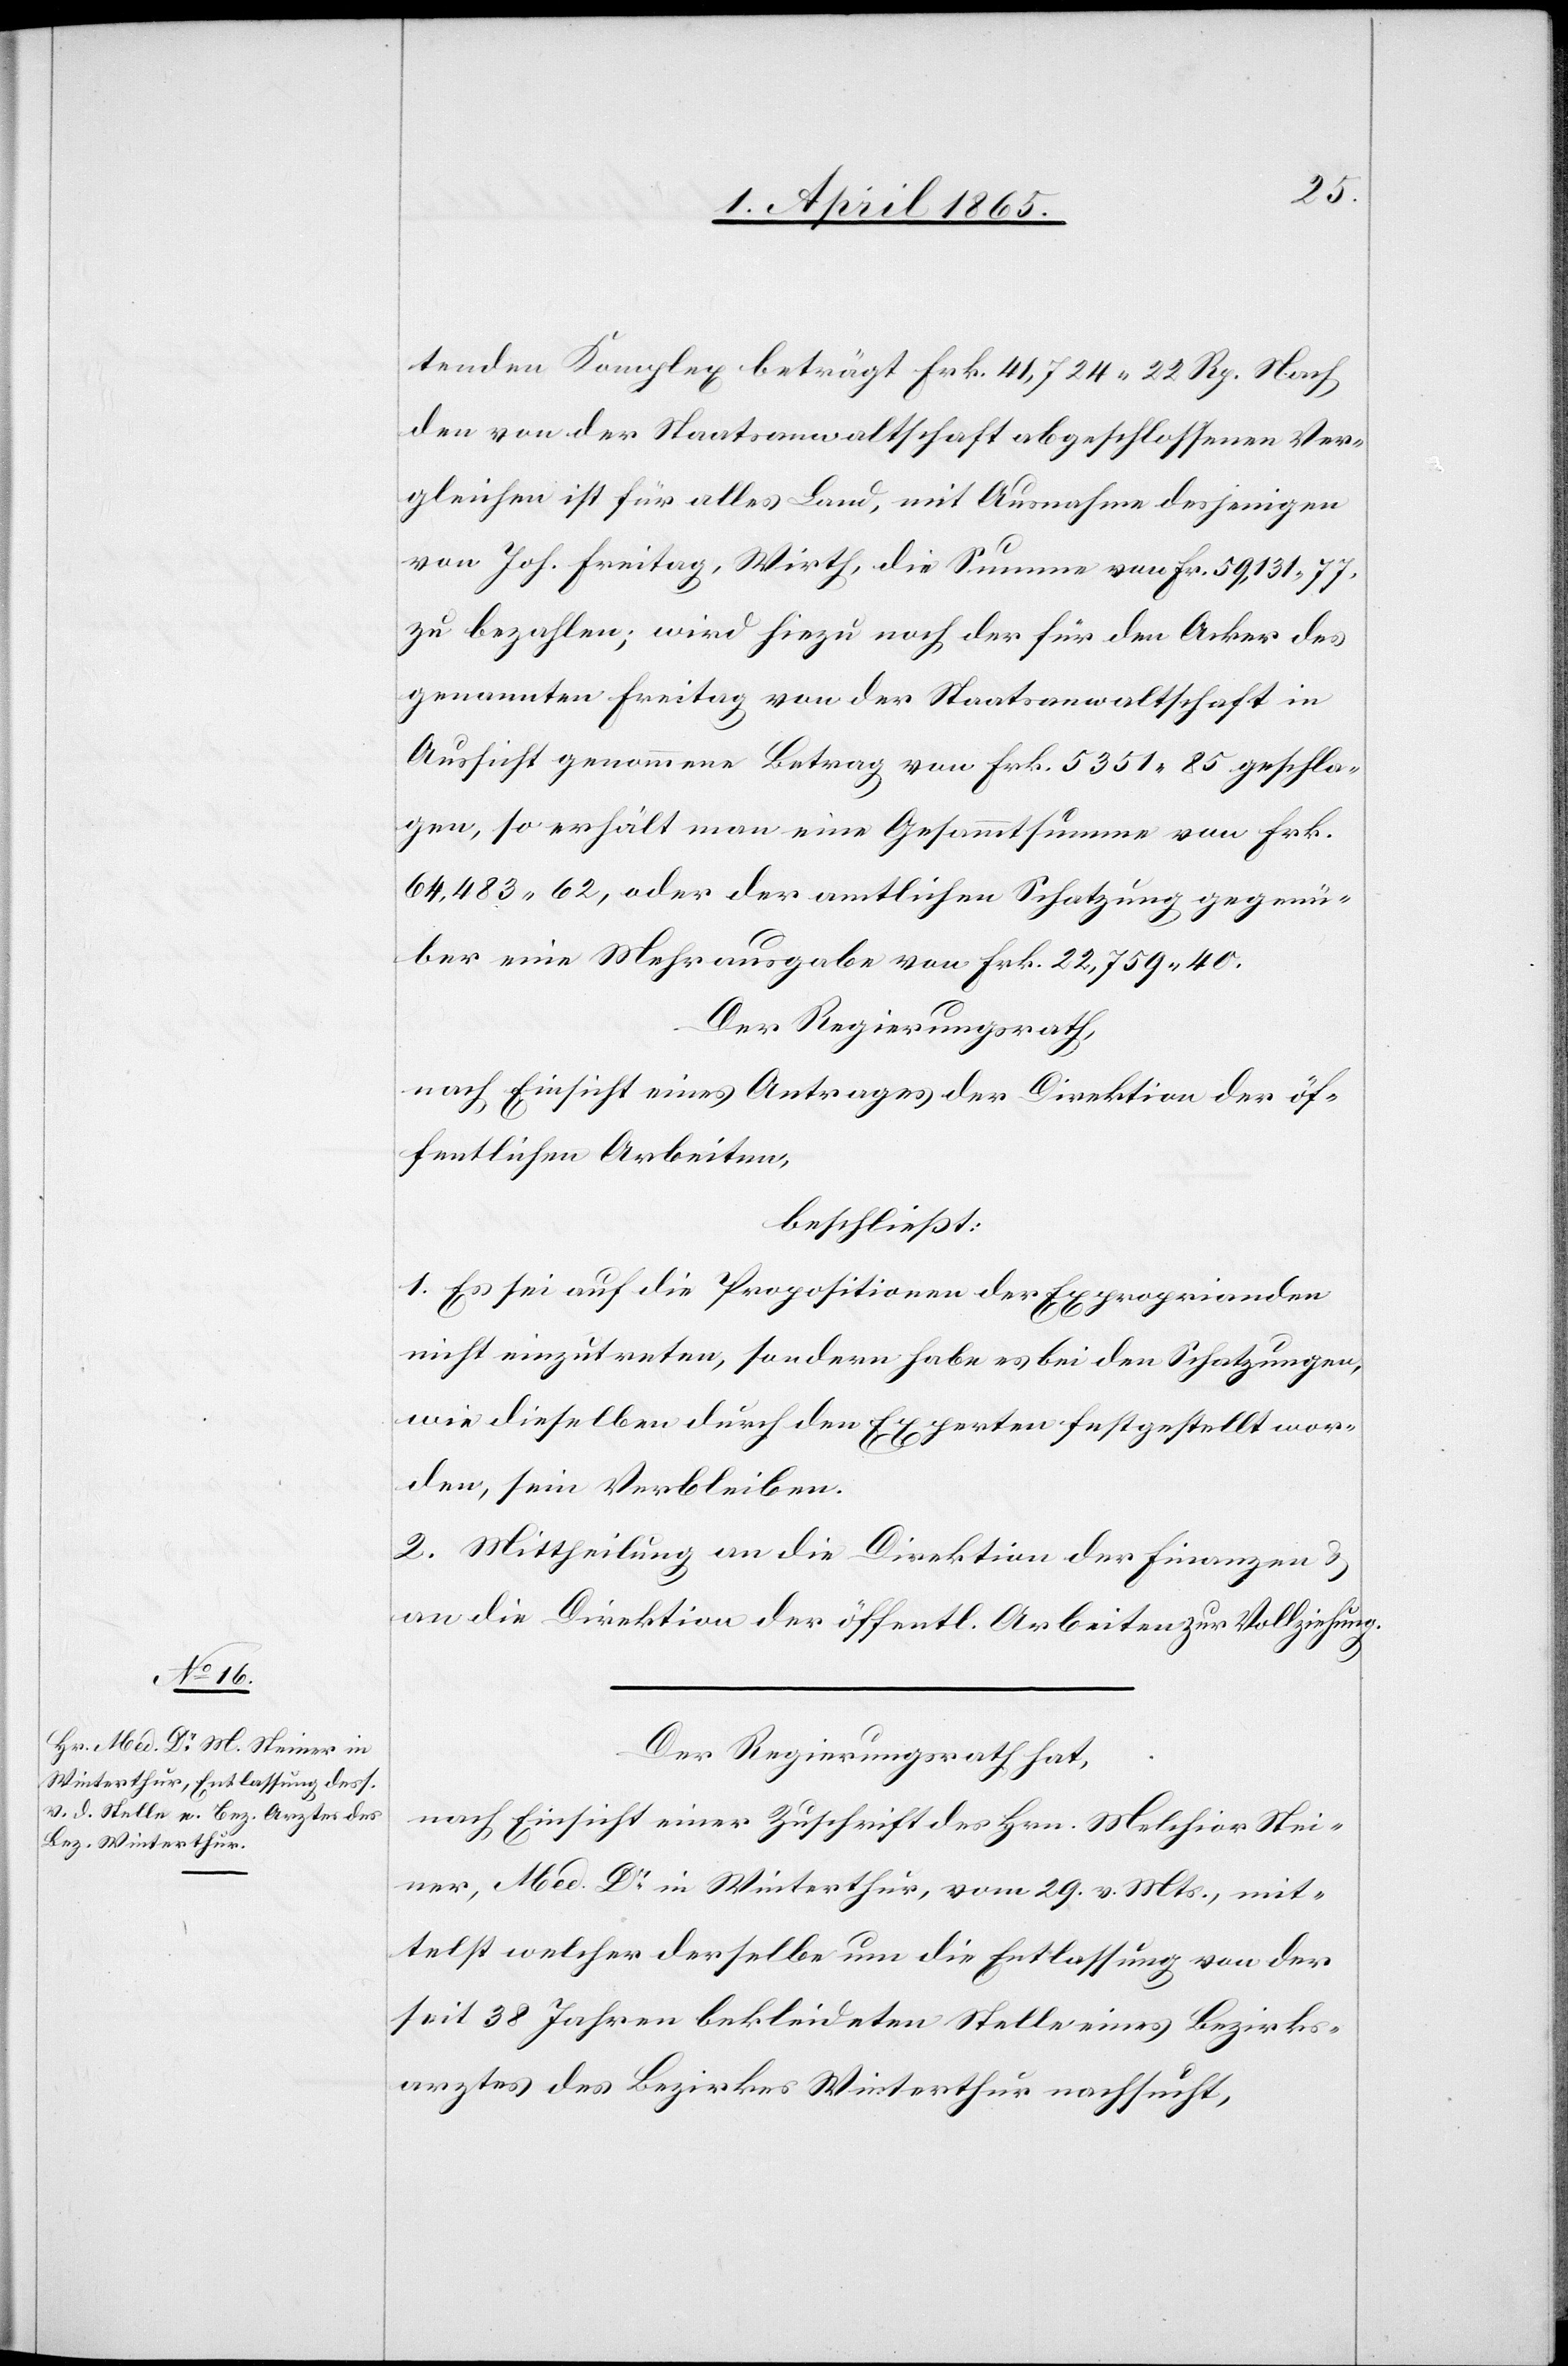
tenden Komplex beträgt Frk. 41,724 22 Rp. Nach
den von der Staatsanwaltschaft abgeschlossenen Ver¬
gleichen ist für alles Land, mit Ausnahme desjenigen
von Joh. Freitag, Wirth, die Summe von Fr. 59,131 77
zu bezahlen; wird hiezu noch der für den Acker des
genannten Freitag von der Staatsanwaltschaft in
Aussicht genommene Betrag von Frk. 5351 85 geschla¬
gen, so erhält man eine Gesammtsumme von Frk.
64,483 62, oder der amtlichen Schatzung gegenü¬
ber eine Mehrausgabe von Frk. 22,759 40.
Der Regierungsrath,
nach Einsicht eines Antrages der Direktion der öf¬
fentlichen Arbeiten,
beschließt:
1. Es sei auf die Propositionen der Exproprianden
nicht einzutreten, sondern habe es bei den Schatzungen,
wie dieselben durch den Experten festgestellt wor¬
den, sein Verbleiben.
2. Mittheilung an die Direktion der Finanzen &
an die Direktion der öffentl. Arbeiten zur Vollziehung.
Der Regierungsrath hat,
nach Einsicht einer Zuschrift des Hrn. Melchior Stei¬
ner, Med. Dr in Winterthur, vom 29. v. Mts., mit¬
telst welcher derselbe um die Entlassung von der
seit 38 Jahren bekleideten Stelle eines Bezirks¬
arztes des Bezirkes Winterthur nachsucht,